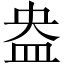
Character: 盎